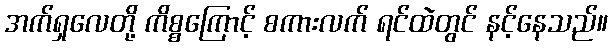
အက်ရှလေတို့ ကိစ္စကြောင့် စကားလက် ရင်ထဲတွင် နင့်နေသည်။